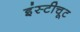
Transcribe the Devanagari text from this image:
इंस्टीचूट